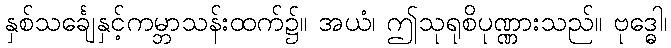
နှစ်သင်္ချေနှင့်ကမ္ဘာသန်းထက်၌။ အယံ၊ ဤသုရုစိပုဏ္ဏားသည်။ ဗုဒ္ဓေါ၊